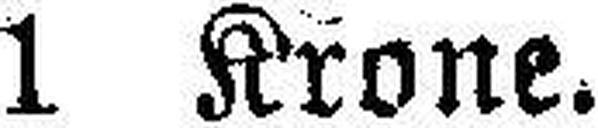
1 Krone.